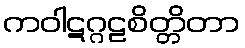
ကဝါဋဂ္ဂဠစိတ္တိတာ